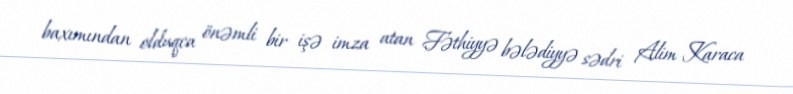
baxımından olduqca önəmli bir işə imza atan Fəthiyyə bələdiyyə sədri Alim Karaca